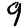
Digit: 9